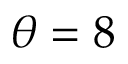
\theta = 8